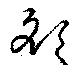
額